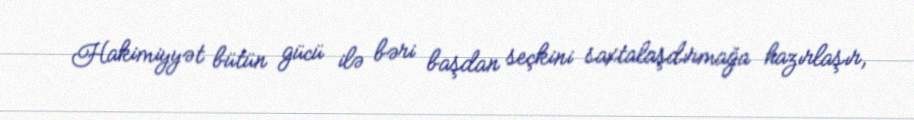
Hakimiyyət bütün gücü ilə bəri başdan seçkini saxtalaşdırmağa hazırlaşır,